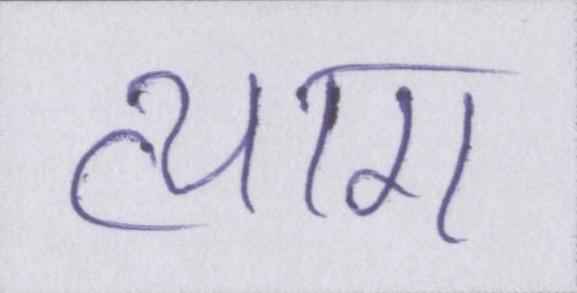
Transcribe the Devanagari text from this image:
त्याग